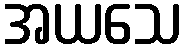
အယသေ